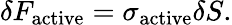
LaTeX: \delta F_{\mathrm{active}}=\sigma_{\mathrm{active}}\delta S.